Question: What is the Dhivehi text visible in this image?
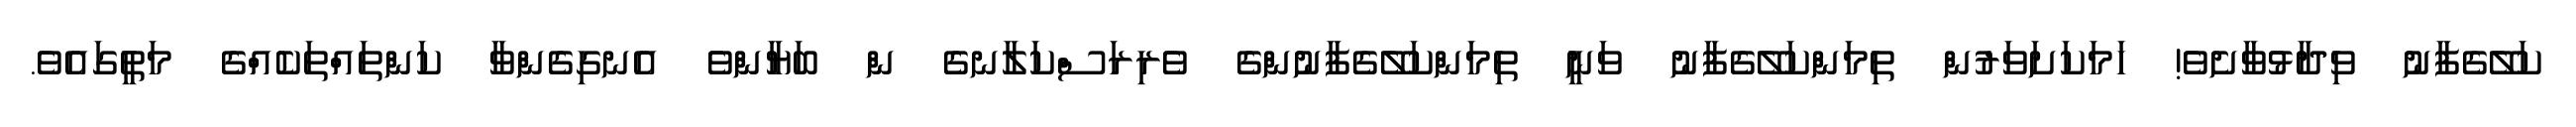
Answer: ކަލޭގެފާނު ވިދާޅުވާށެވެ! ހަމަކަށަވަރުން ތިމަންކަލޭގެފާނު ވަނީ ތިމަންކަލޭގެފާނުންގެ ވެރިރަސްކަލާނގެ ން ބަޔާންވެ އެނގިގެންވާ ކަންތައްތަކެއްގެ މަތީގައެވެ.